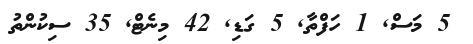
5 މަސް